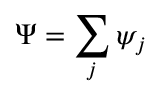
\Psi = \sum _ { j } \psi _ { j }